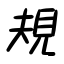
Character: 規